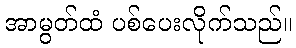
အာမွတ်ထံ ပစ်ပေးလိုက်သည်။